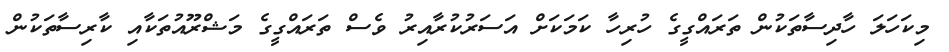
މިކަހަލަ ހާދިސާތަކުން ތަރައްގީގެ ހުރިހާ ކަމަކަށް އަސަރުކުރާއިރު ވެސް ތަރައްގީގެ މަޝްރޫއުތަކާއި ކާރިސާތަކުން